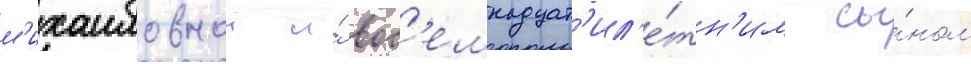
м'ихаиловнои и́ вос'емнадцат'ил'е́тн'им сы́ном